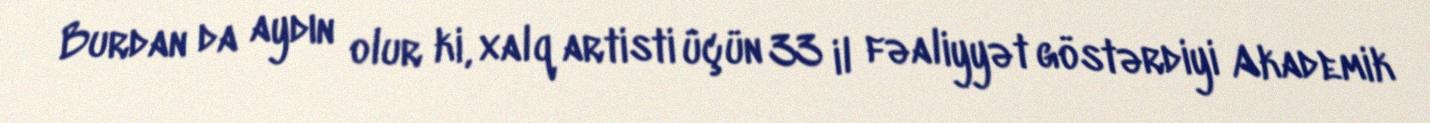
Burdan da aydın olur ki, xalq artisti üçün 33 il fəaliyyət göstərdiyi Akademik